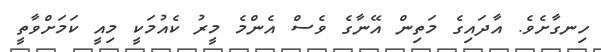
ހިނގާށެވެ. އާދައިގެ މަތިން އޭނާގެ ވެސް އެންމެ މީރު ކެއުމަކީ މިއީ ކަމަށްވާތީ